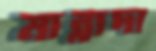
মান্নাদা